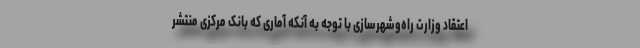
اعتقاد وزارت راه‌وشهرسازی با توجه به آنکه آماری که بانک مرکزی منتشر